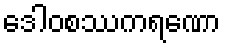
ဒေါဝစဿကရဏော